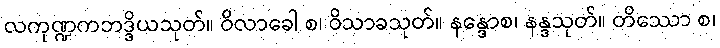
လကုဏ္ဍကဘဒ္ဒိယသုတ်။ ဝိလာခေါ စ၊ ဝိသာခသုတ်။ နန္ဒောစ၊ နန္ဒသုတ်။ တိဿော စ၊